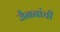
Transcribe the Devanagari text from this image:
जैननांची